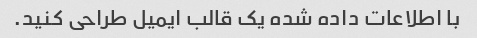
با اطلاعات داده شده یک قالب ایمیل طراحی کنید.